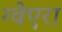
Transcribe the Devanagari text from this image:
ग्वेएरा